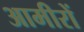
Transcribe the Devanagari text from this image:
आमीरों